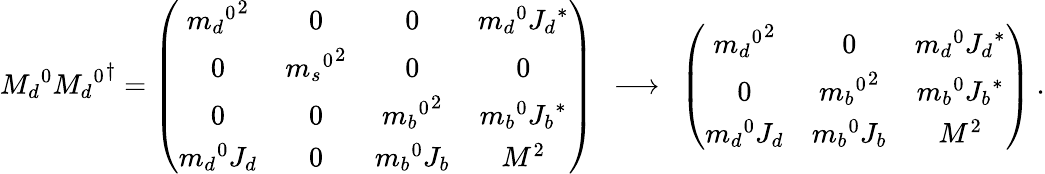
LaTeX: {M_{d}}^{0}{{M_{d}}^{0}}^{\dagger}=\left(\begin{array}{cccc}{{{{m_{d}}^{0}}^{2}}}&{{0}}&{{0}}&{{{m_{d}}^{0}{J_{d}}^{\ast}}}\\ {{0}}&{{{{m_{s}}^{0}}^{2}}}&{{0}}&{{0}}\\ {{0}}&{{0}}&{{{{m_{b}}^{0}}^{2}}}&{{{m_{b}}^{0}{J_{b}}^{\ast}}}\\ {{{m_{d}}^{0}J_{d}}}&{{0}}&{{{m_{b}}^{0}J_{b}}}&{{M^{2}}}\end{array}\right)\: \: \longrightarrow\: \: \left(\begin{array}{ccc}{{{{m_{d}}^{0}}^{2}}}&{{0}}&{{{m_{d}}^{0}{J_{d}}^{\ast}}}\\ {{0}}&{{{{m_{b}}^{0}}^{2}}}&{{{m_{b}}^{0}{J_{b}}^{\ast}}}\\ {{{m_{d}}^{0}J_{d}}}&{{{m_{b}}^{0}J_{b}}}&{{M^{2}}}\end{array}\right)\: .